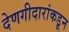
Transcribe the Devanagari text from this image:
देणगीदारांकडून